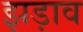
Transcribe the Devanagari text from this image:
झड़ाव